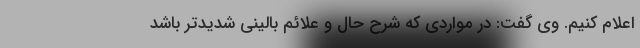
اعلام کنیم. وی گفت: در مواردی که شرح حال و علائم بالینی شدیدتر باشد